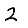
Digit: 2